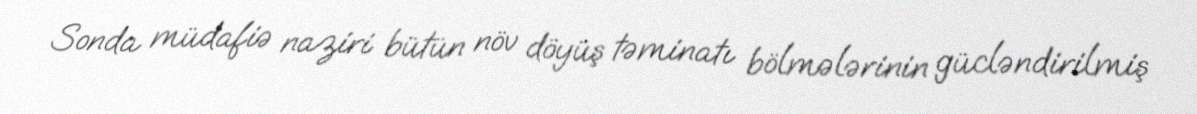
Sonda müdafiə naziri bütün növ döyüş təminatı bölmələrinin gücləndirilmiş